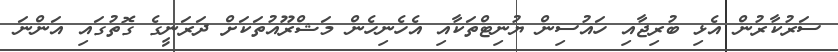
ސަރުކާރުން އެޅި ބުރިޖާއި ހައުސިން ޔުނިޓްތަކާއި އެހެނިހެން މަޝްރޫއުތަަކަށް ދަރަނީގެ ގޮތުގައި އަންނަ